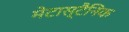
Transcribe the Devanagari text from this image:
मेटास्टैनिक